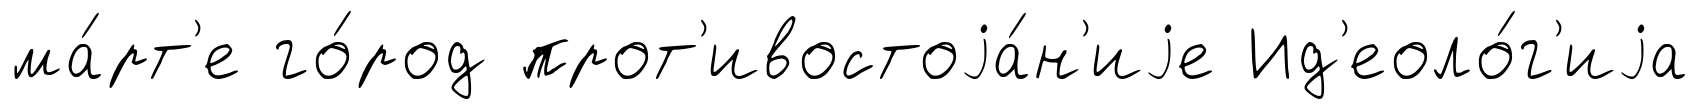
ма́рт'е го́род прот'ивостоjа́н'иjе Ид'еоло́г'иjа